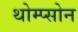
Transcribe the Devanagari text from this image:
थोम्प्सोन